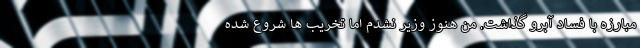
مبارزه با فساد آبرو گذاشت. من هنوز وزیر نشدم اما تخریب ها شروع شده